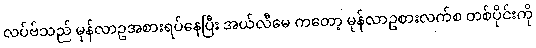
လပ်ဗ်သည် မုန်လာဥအစားရပ်နေပြီး အယ်လီမေ ကတော့ မုန်လာဥစားလက်စ တစ်ပိုင်းကို